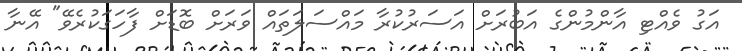
އަގު ވެއްޓި އާންމުންގެ އަބުރަށް އަސަރުކުރާ މައްސަލަތައް ވަރަށް ބޮޑަށް ފާހަގަކުރެވޭ" އޭނާ